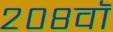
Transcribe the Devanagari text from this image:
२०८वॉ